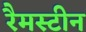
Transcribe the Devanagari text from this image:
रैमस्टीन